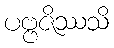
ပဗ္ဗဇိဿသိ